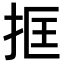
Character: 𢬤